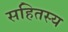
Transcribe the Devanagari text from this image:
सहितस्य